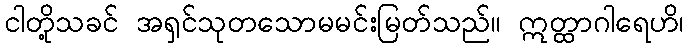
ငါတို့သခင် အရှင်သုတသောမမင်းမြတ်သည်။ ဣတ္ထာဂါရေဟိ၊